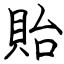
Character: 貽